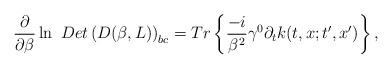
LaTeX: \begin{align*}\frac \partial {\partial \beta }\ln \ Det\left( D(\beta,L)\right) _{bc}=Tr\left\{ \frac{-i}{\beta ^2}\gamma ^0\partial_tk(t,x;t^{\prime },x^{\prime })\right\} ,\end{align*}